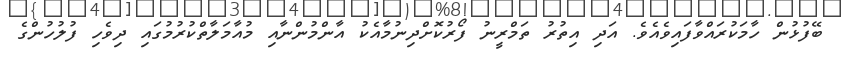
ބޭފުޅުން ހާމަކުރައްވާފައިވެއެވެ. އަދި އިތުރު ތަމްރީނު ފޯރުކޮށްދިނުމާއެކު އާންމުންނާއި މުއާމަލާތްކުރުމުގައި ދިވެހި ފުލުހުންގެ